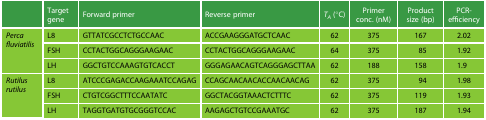
<table><thead><tr><td></td><td><b>Target gene</b></td><td><b>Forward primer</b></td><td><b>Reverse primer</b></td><td><b><i>T<sub>A</sub></i> (°C)</b></td><td><b>Primer conc. (nM)</b></td><td><b>Product size (bp)</b></td><td><b>PCR-efficiency</b></td></tr></thead><tbody><tr><td rowspan="3"><i>Perca fluviatilis</i></td><td>L8</td><td>GTTATCGCCTCTGCCAAC</td><td>ACCGAAGGGATGCTCAAC</td><td>62</td><td>375</td><td>167</td><td>2.02</td></tr><tr><td>FSH</td><td>CCTACTGGCAGGGAAGAAC</td><td>CCTACTGGCAGGGAAGAAC</td><td>64</td><td>375</td><td>85</td><td>1.92</td></tr><tr><td>LH</td><td>GGCTGTCCAAAGTGTCACCT</td><td>GGGAGAACAGTCAGGGAGCTTAA</td><td>62</td><td>188</td><td>158</td><td>1.9</td></tr><tr><td rowspan="3"><i>Rutilus rutilus</i></td><td>L8</td><td>ATCCCGAGACCAAGAAATCCAGAG</td><td>CCAGCAACAACACCAACAACAG</td><td>62</td><td>375</td><td>94</td><td>1.98</td></tr><tr><td>FSH</td><td>CTGTCGGCTTTCCAATATC</td><td>GGCTACGGTAAACTCTTTC</td><td>62</td><td>375</td><td>119</td><td>1.93</td></tr><tr><td>LH</td><td>TAGGTGATGTGCGGGTCCAC</td><td>AAGAGCTGTCCGAAATGC</td><td>62</td><td>375</td><td>187</td><td>1.94</td></tr></tbody></table>